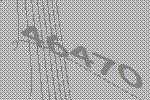
46470